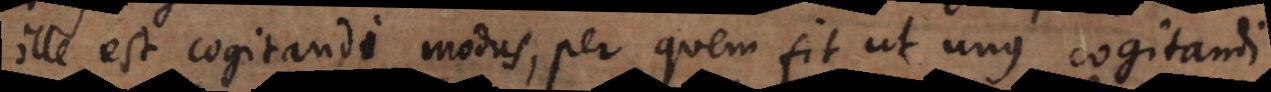
ille est cogitandi modus, per quem fit ut unus cogitandi